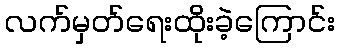
လက်မှတ်ရေးထိုးခဲ့ကြောင်း